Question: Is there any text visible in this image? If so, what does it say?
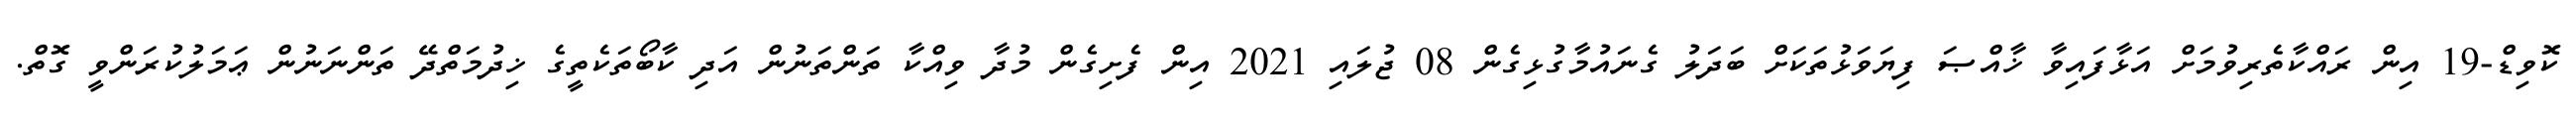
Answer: ކޮވިޑް-19 އިން ރައްކާތެރިވުމަށް އަޅާފައިވާ ޚާއްޞަ ފިޔަވަޅުތަކަށް ބަދަލު ގެނައުމާގުޅިގެން 08 ޖުލައި 2021 އިން ފެށިގެން މުދާ ވިއްކާ ތަންތަނުން އަދި ކާބޯތަކެތީގެ ޚިދުމަތްދޭ ތަންނަނުން ޢަމަލުކުރަންވީ ގޮތް.